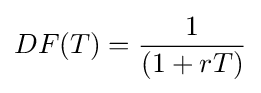
DF(T)={\frac {1}{(1+rT)}}